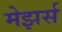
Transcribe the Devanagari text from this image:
मेझर्स